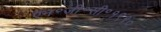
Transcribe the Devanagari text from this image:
ऍन॰जी॰सी॰१९९०